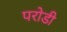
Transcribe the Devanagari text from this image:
परोडी